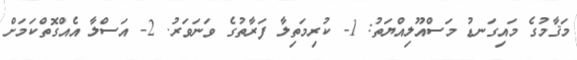
މަޤާމުގެ މައިގަނޑު މަސްއޫލިއްޔަތު: 1- ކުރިމަތިލާ ފަރާތުގެ ވަނަވަރު. 2- އަސްލާ އެއްގޮތްކަމަށް